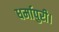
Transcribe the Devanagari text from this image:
धर्मापुरी।